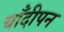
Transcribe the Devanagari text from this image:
चाँदीपन